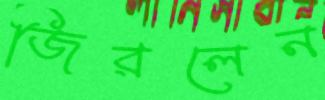
জিরলেন